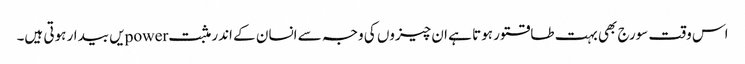
اس وقت سورج بھی بہت طاقتور ہوتا ہے ان چیزوں کی وجہ سے انسان کے اندر مثبت powerیں بیدار ہوتی ہیں۔